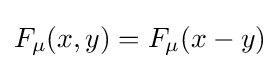
F_{\mu }(x,y)=F_{\mu }(x-y)